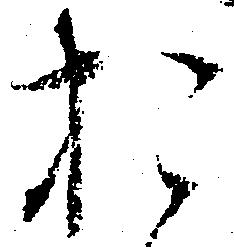
お